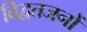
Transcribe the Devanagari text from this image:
विद्वतजनों